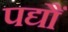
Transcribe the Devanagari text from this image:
पद्यौं